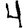
Digit: 4